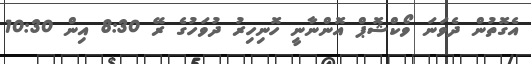
އެގޮތުން ދެވަނަ ވޯކްޝޮޕް އޮންނާނީ ހޮނިހިރު ދުވަހުގެ ރޭ 8:30 އިން 10:30